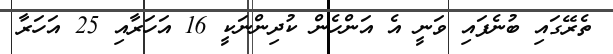
ތެރޭގައި ބުނެފައި ވަނީ އެ އަންހެން ކުދިންނަކީ 16 އަހަރާއި 25 އަހަރާ